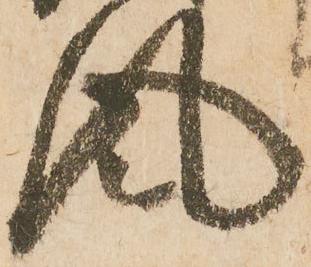
風